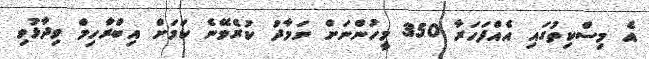
އެ މިސްކިތުގައި އެއްފަހަރާ 350 މީހުންނަށް ނަމާދު ކުރެވޭނެ ކަމަށް އިބްރާހިމް ވިދާޅުވި